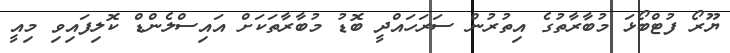
ޔޫރޯ ފުޓްބޯޅަ މުބާރާތުގެ އިތުރުން ސަރަހައްދީ ބޮޑު މުބާރާތަކަށް އައިސްލެންޑް ކޮލިފައިވި މިއީ